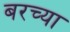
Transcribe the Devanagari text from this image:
बरच्या